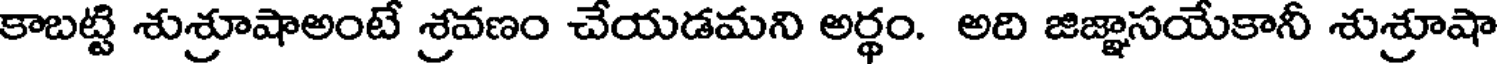
కాబట్టి శుశ్రూషాఅంటే శ్రవణం చేయడమని అర్థం. అది జిజ్ఞాసయేకానీ శుశ్రూషా